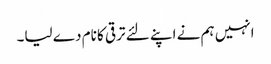
انہیں ہم نے اپنے لئے ترقی کا نام دے لیا۔